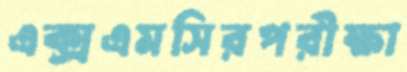
এক্সএমসিরপরীক্ষা